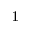
^ 1